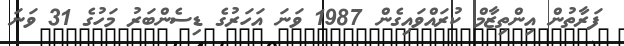
ފަރާތުން އިންތިޒާމް ކުރައްވައިގެން 1987 ވަނަ އަހަރުގެ ޑިސެންބަރު މަހުގެ 31 ވަނަ